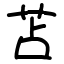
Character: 苫